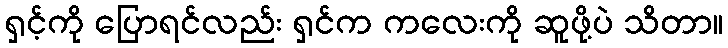
ရှင့်ကို ပြောရင်လည်း ရှင်က ကလေးကို ဆူဖို့ပဲ သိတာ။